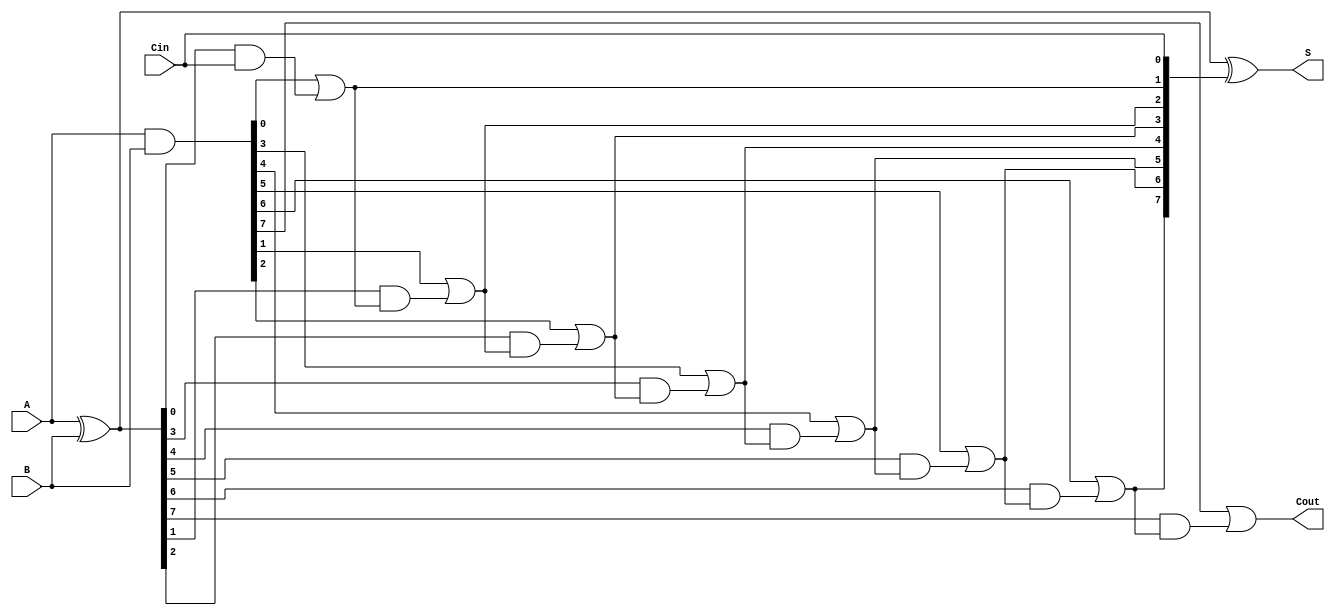
module VLCLA #(parameter N = 8) (
    input  [N-1:0] A,      // First operand
    input  [N-1:0] B,      // Second operand
    input          Cin,     // Carry-in
    output [N-1:0] S,      // Sum output
    output         Cout     // Carry-out
);

    // Generate and Propagate signals
    wire [N-1:0] G; // Generate
    wire [N-1:0] P; // Propagate
    wire [N:0] C;    // Carry signals

    // Generate and Propagate calculations
    assign G = A & B;          // Generate
    assign P = A ^ B;          // Propagate

    // Carry calculations
    assign C[0] = Cin; // Carry-in
    genvar i;
    generate
        for (i = 0; i < N; i = i + 1) begin : carry_calc
            // Level 1 Carry Calculation
            if (i == 0) begin
                assign C[i + 1] = G[i] | (P[i] & C[i]);
            end else begin
                assign C[i + 1] = G[i] | (P[i] & C[i]);
            end
        end
    endgenerate

    // Sum Calculation
    assign S = P ^ C[N-1:0]; // Sum output
    assign Cout = C[N];      // Carry-out

endmodule